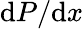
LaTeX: \mathrm{d}P/\mathrm{d}x